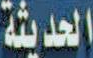
الحديثة